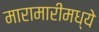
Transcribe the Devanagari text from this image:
मारामारीमध्ये